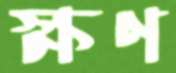
ক্ষণ